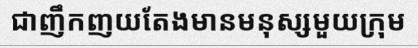
ជាញឹកញយតែងមានមនុស្សមួយក្រុម